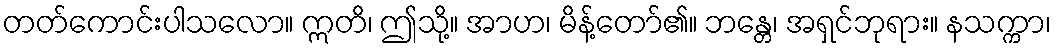
တတ်ကောင်းပါသလော။ ဣတိ၊ ဤသို့။ အာဟ၊ မိန့်တော်၏။ ဘန္တေ၊ အရှင်ဘုရား။ နသက္ကာ၊